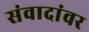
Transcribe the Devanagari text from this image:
संवादांवर